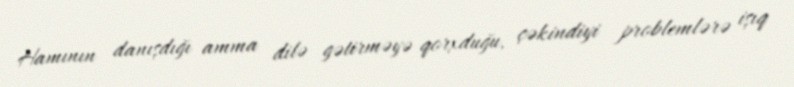
Hamının danışdığı amma dilə gətirməyə qorxduğu, çəkindiyi problemlərə işıq